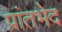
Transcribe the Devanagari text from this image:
प्रांतभेद